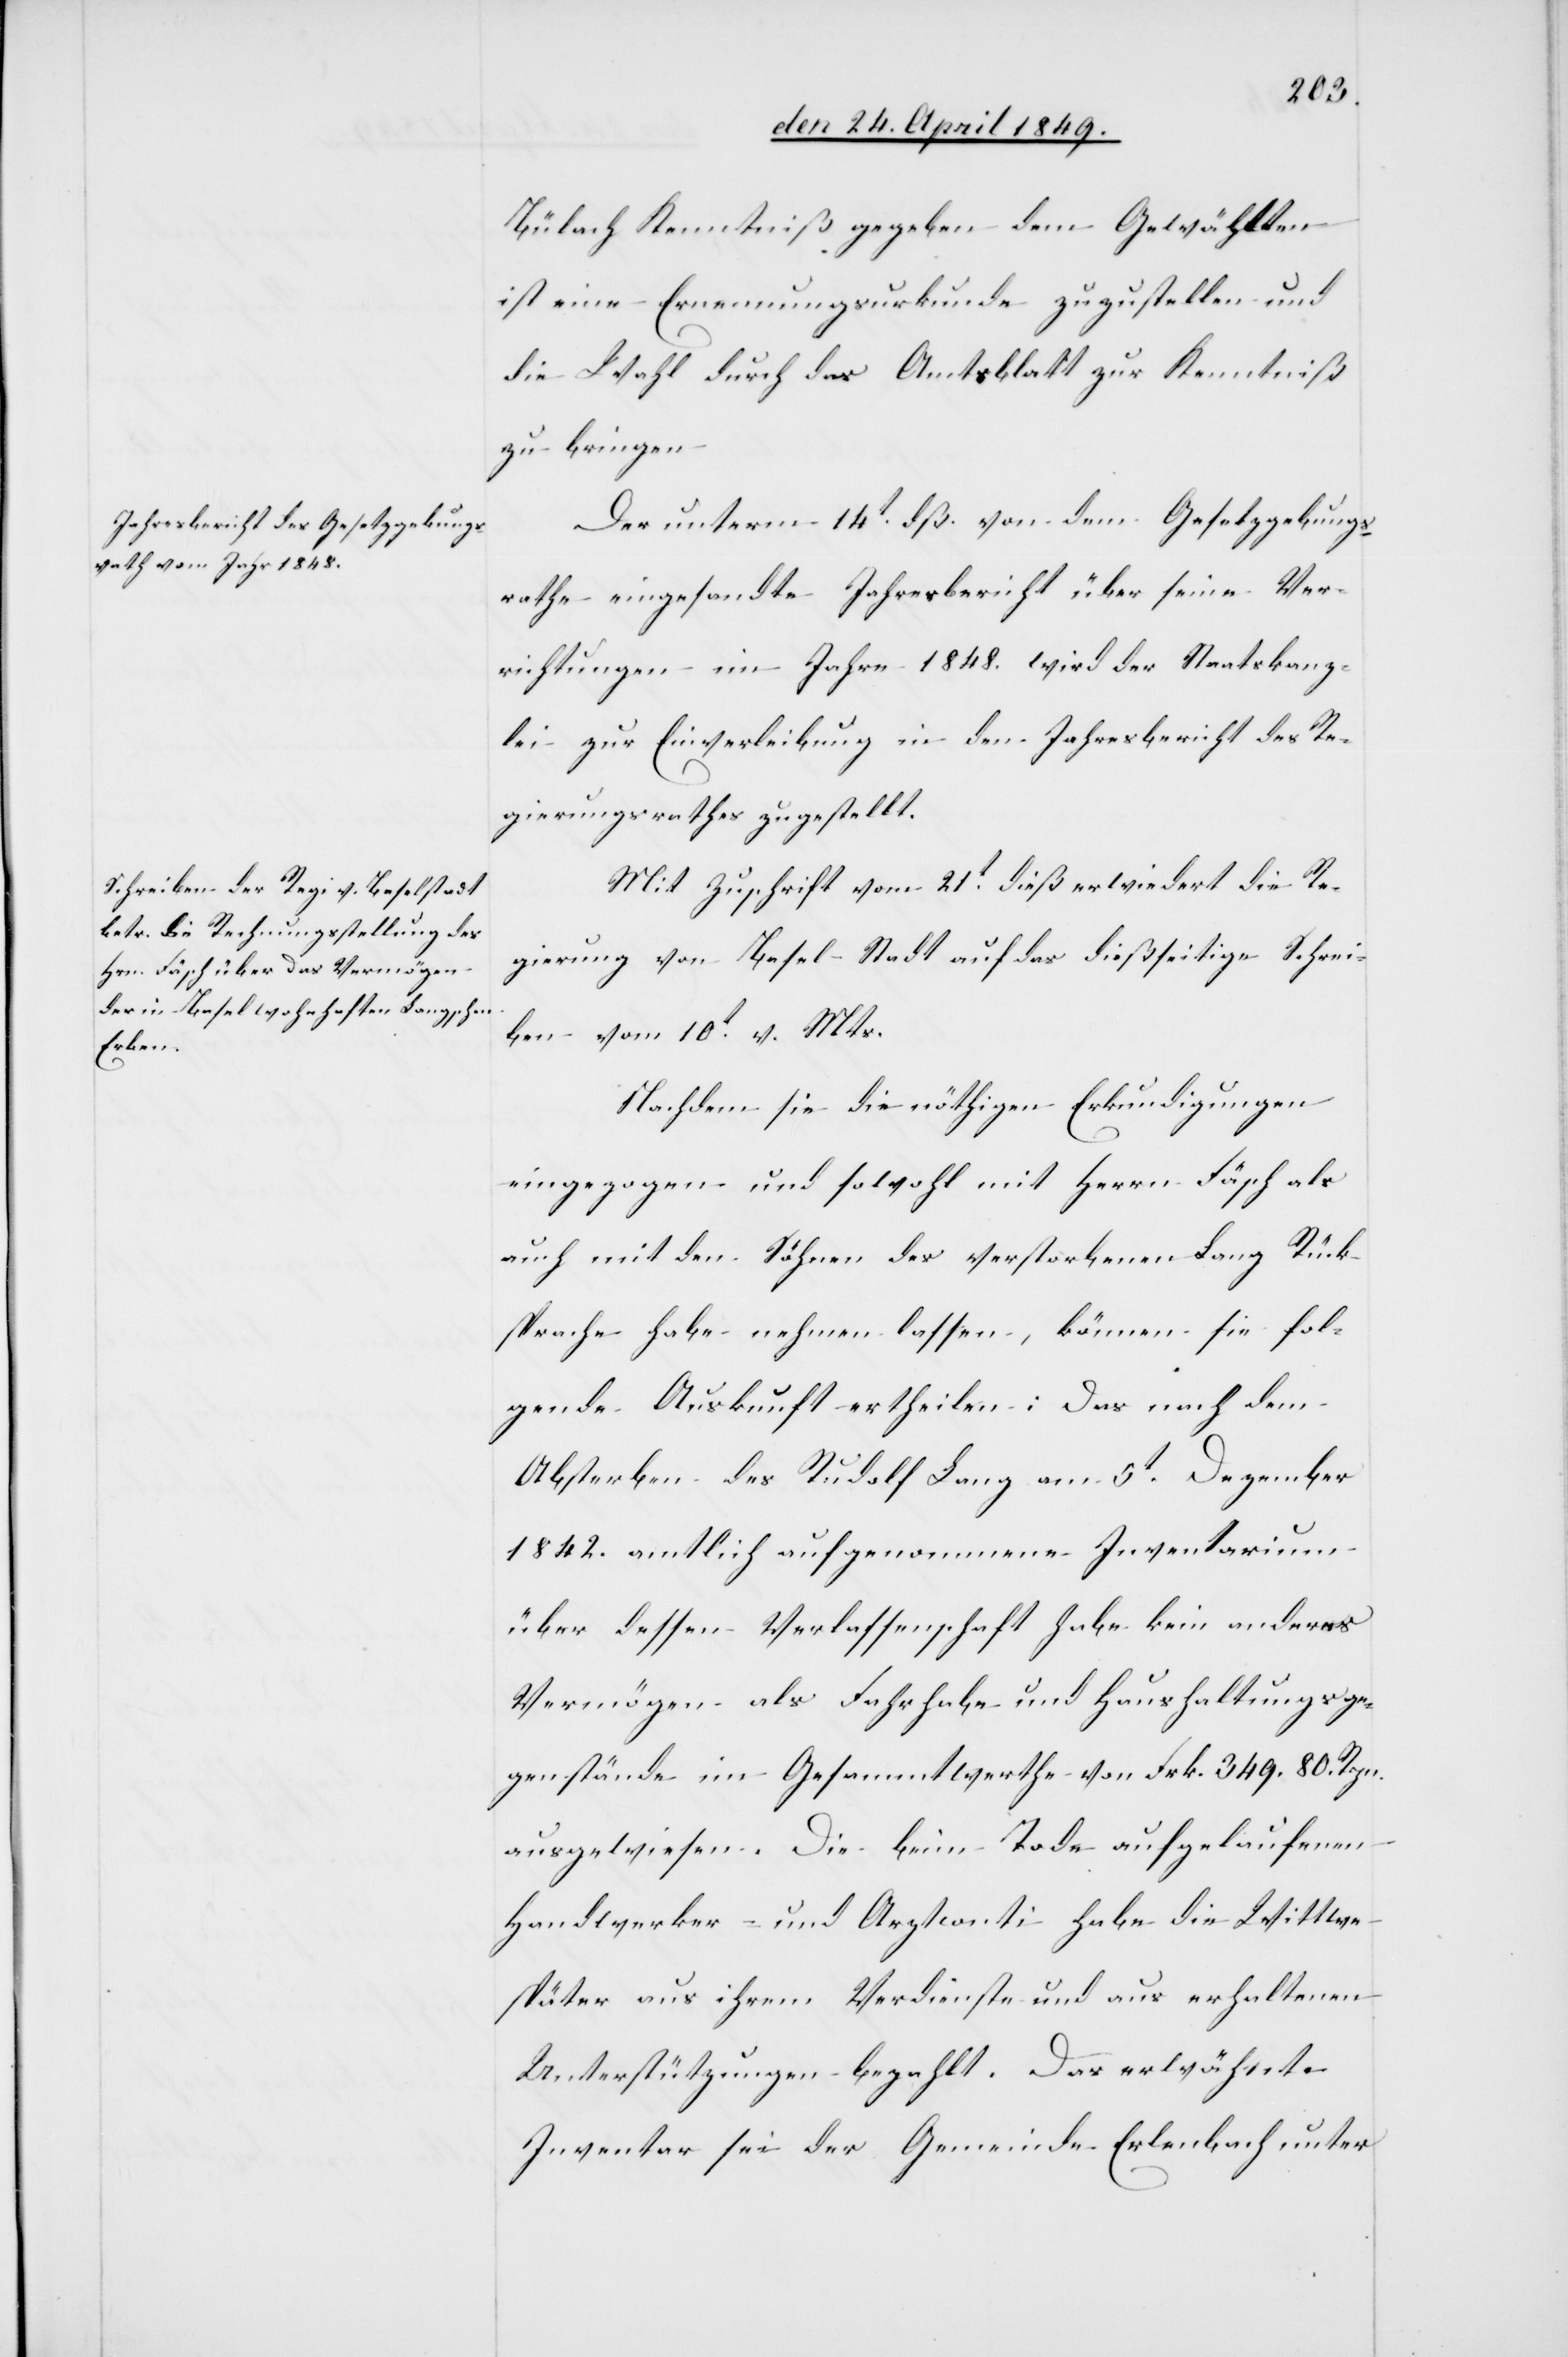
Bülach Kenntniß gegeben dem Gewählten
ist eine Ernennungsurkunde zuzustellen und
die Wahl durch das Amtsblatt zur Kenntniß
zu bringen.
Der unterm 14t dß. von dem Gesetzgebungs¬
rathe eingesandte Jahresbericht über seine Ver¬
richtungen im Jahre 1848. wird der Staatskanz¬
lei zur Einverleibung in den Jahresbericht des Re¬
gierungsrathes zugestellt.
Mit Zuschrift vom 21t dieß erwiedert die Re¬
gierung von Basel-Stadt auf das dießseitige Schrei¬
ben vom 10t v. Mts.
Nachdem sie die nöthigen Erkundigungen
eingezogen und sowohl mit Herrn Fäsch als
auch mit den Söhnen des verstorbenen Lang Rück¬
sprache habe nehmen lassen, können sie fol¬
gende Auskunft ertheilen: Das nach dem
Absterben des Rudolf Lang am 5t Dezember
1842. amtlich aufgenommene Inventarium
über dessen Verlassenschaft habe kein anderes
Vermögen als Fahrhabe und Haushaltungsge¬
genstände im Gesammtwerthe von Frk. 349. 80. Rpn.
ausgewiesen. Die beim Tode aufgelaufenen
Handwerker- und Arztconti habe die Wittwe
später aus ihrem Verdienste und aus erhaltenen
Unterstützungen bezahlt. Das erwähnte
Inventar sei der Gemeinde Erlenbach unter